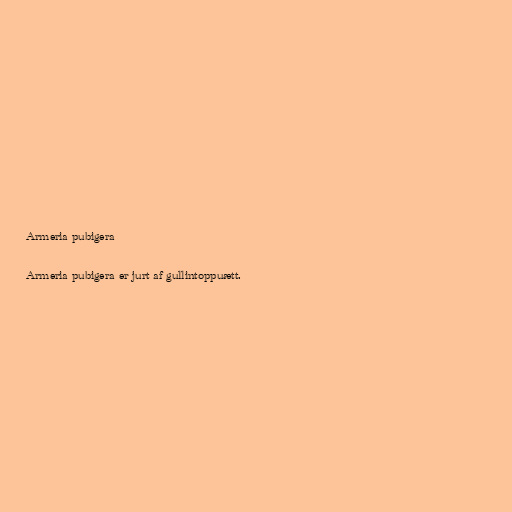
Armeria pubigera

Armeria pubigera er jurt af gullintoppuætt.